Indian journal of veterinary science and animal husbandry - Volume 5,
Year: 1935
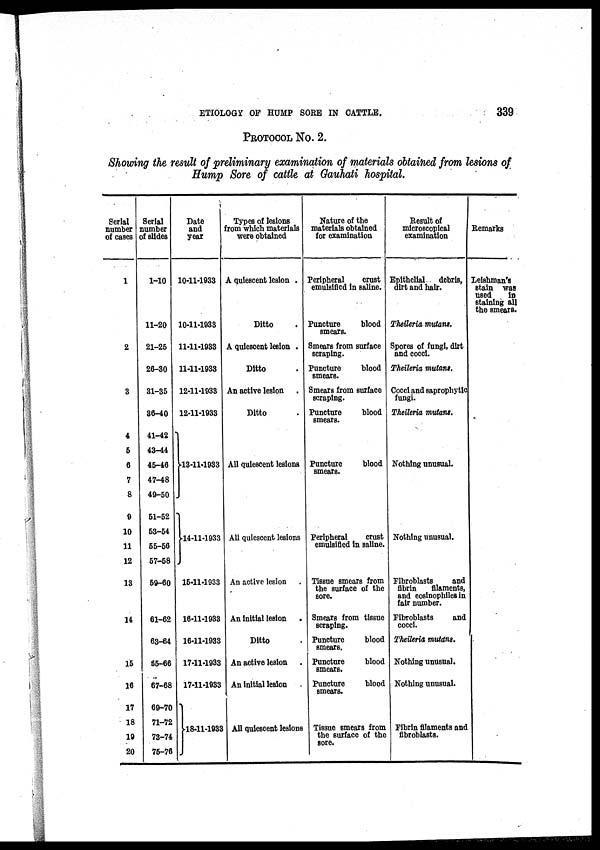
ETIOLOGY OF HUMP SORE IN CATTLE.
339
PROTOCOL No. 2.
Showing the result of preliminary examination of materials obtained from lesions of
Hump Sore of cattle at Gauhati hospital.
Serial
number
of cases
1
2
3
4
5
6
7
8
9
10
11
12
13
14
15
16
17
18
19
20
Serial
number
of slides
1-10
11-20
21-25
26-30
31-35
36-40
41-42
43-44
45-46
47-48
49-50
51-52
53-54
55-56
57-58
59-60
61-62
63-64
65-66
67-68
69-70
71-72
73-74
75-76
Date
and
year
10-11-1933
10-11-1933
11-11-1933
11-11-1933
12-11-1933
12-11-1933
13-11-1933
14-11-1933
15-11-1933
16-11-1933
16-11-1933
17-11-1933
17-11-1933
18-11-1933
Types of lesions
from which materials
were obtained
A quiescent lesion .
Ditto .
A quiescent lesion .
Ditto .
An active lesion .
Ditto .
All quiescent lesions
All quiescent lesions
An active lesion .
An Initial lesion .
Ditto .
An active lesion .
An initial lesion .
All quiescent lesions
Nature of the
materials obtained
for examination
Peripheral
crust
emulsified in saline.
Puncture
blood
smears.
Smears from surface
scraping.
Puncture
blood
smears.
Smears from surface
scraping.
Puncture
blood
smears.
Puncture
blood
smears.
Peripheral
crust
emulsified in saline.
Tissue smears from
the surface of the
sore.
Smears from tissue
scraping.
Puncture
blood
smears.
Puncture
blood
smears.
Puncture
blood
smears.
Tissue smears from
the surface of the
sore.
Result of
microscopical
examination
Epithelial
debris,
dirt and hair.
Theileria mutant.
Spores of fungi, dirt
and cocci.
Thelieria mutant.
Cocci and saprophytic
fungi.
Theileria mutant.
Nothing unusual.
Nothing unusual.
Fibroblasts
and
fibrin
filaments,
and eosinophiles in
fair number.
Fibroblasts
and
cocci.
Theileria mutans.
Nothing unusual.
Nothing unusual.
Fibrin filaments and
fibroblasts.
Remarks
Leishman's
stain was
used
in
staining all
the smears.